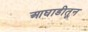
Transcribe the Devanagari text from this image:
आघाडीतून